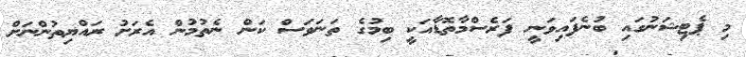
މި ޕެޓިޝަނުގައި ބުނެފައިވަނީ ފަރެސްމާތޮޑާއަކީ ބިމުގެ ތަނަވަސް ކަން ނެތުމުން އެރަށު ރައްޔިތުންނަށް